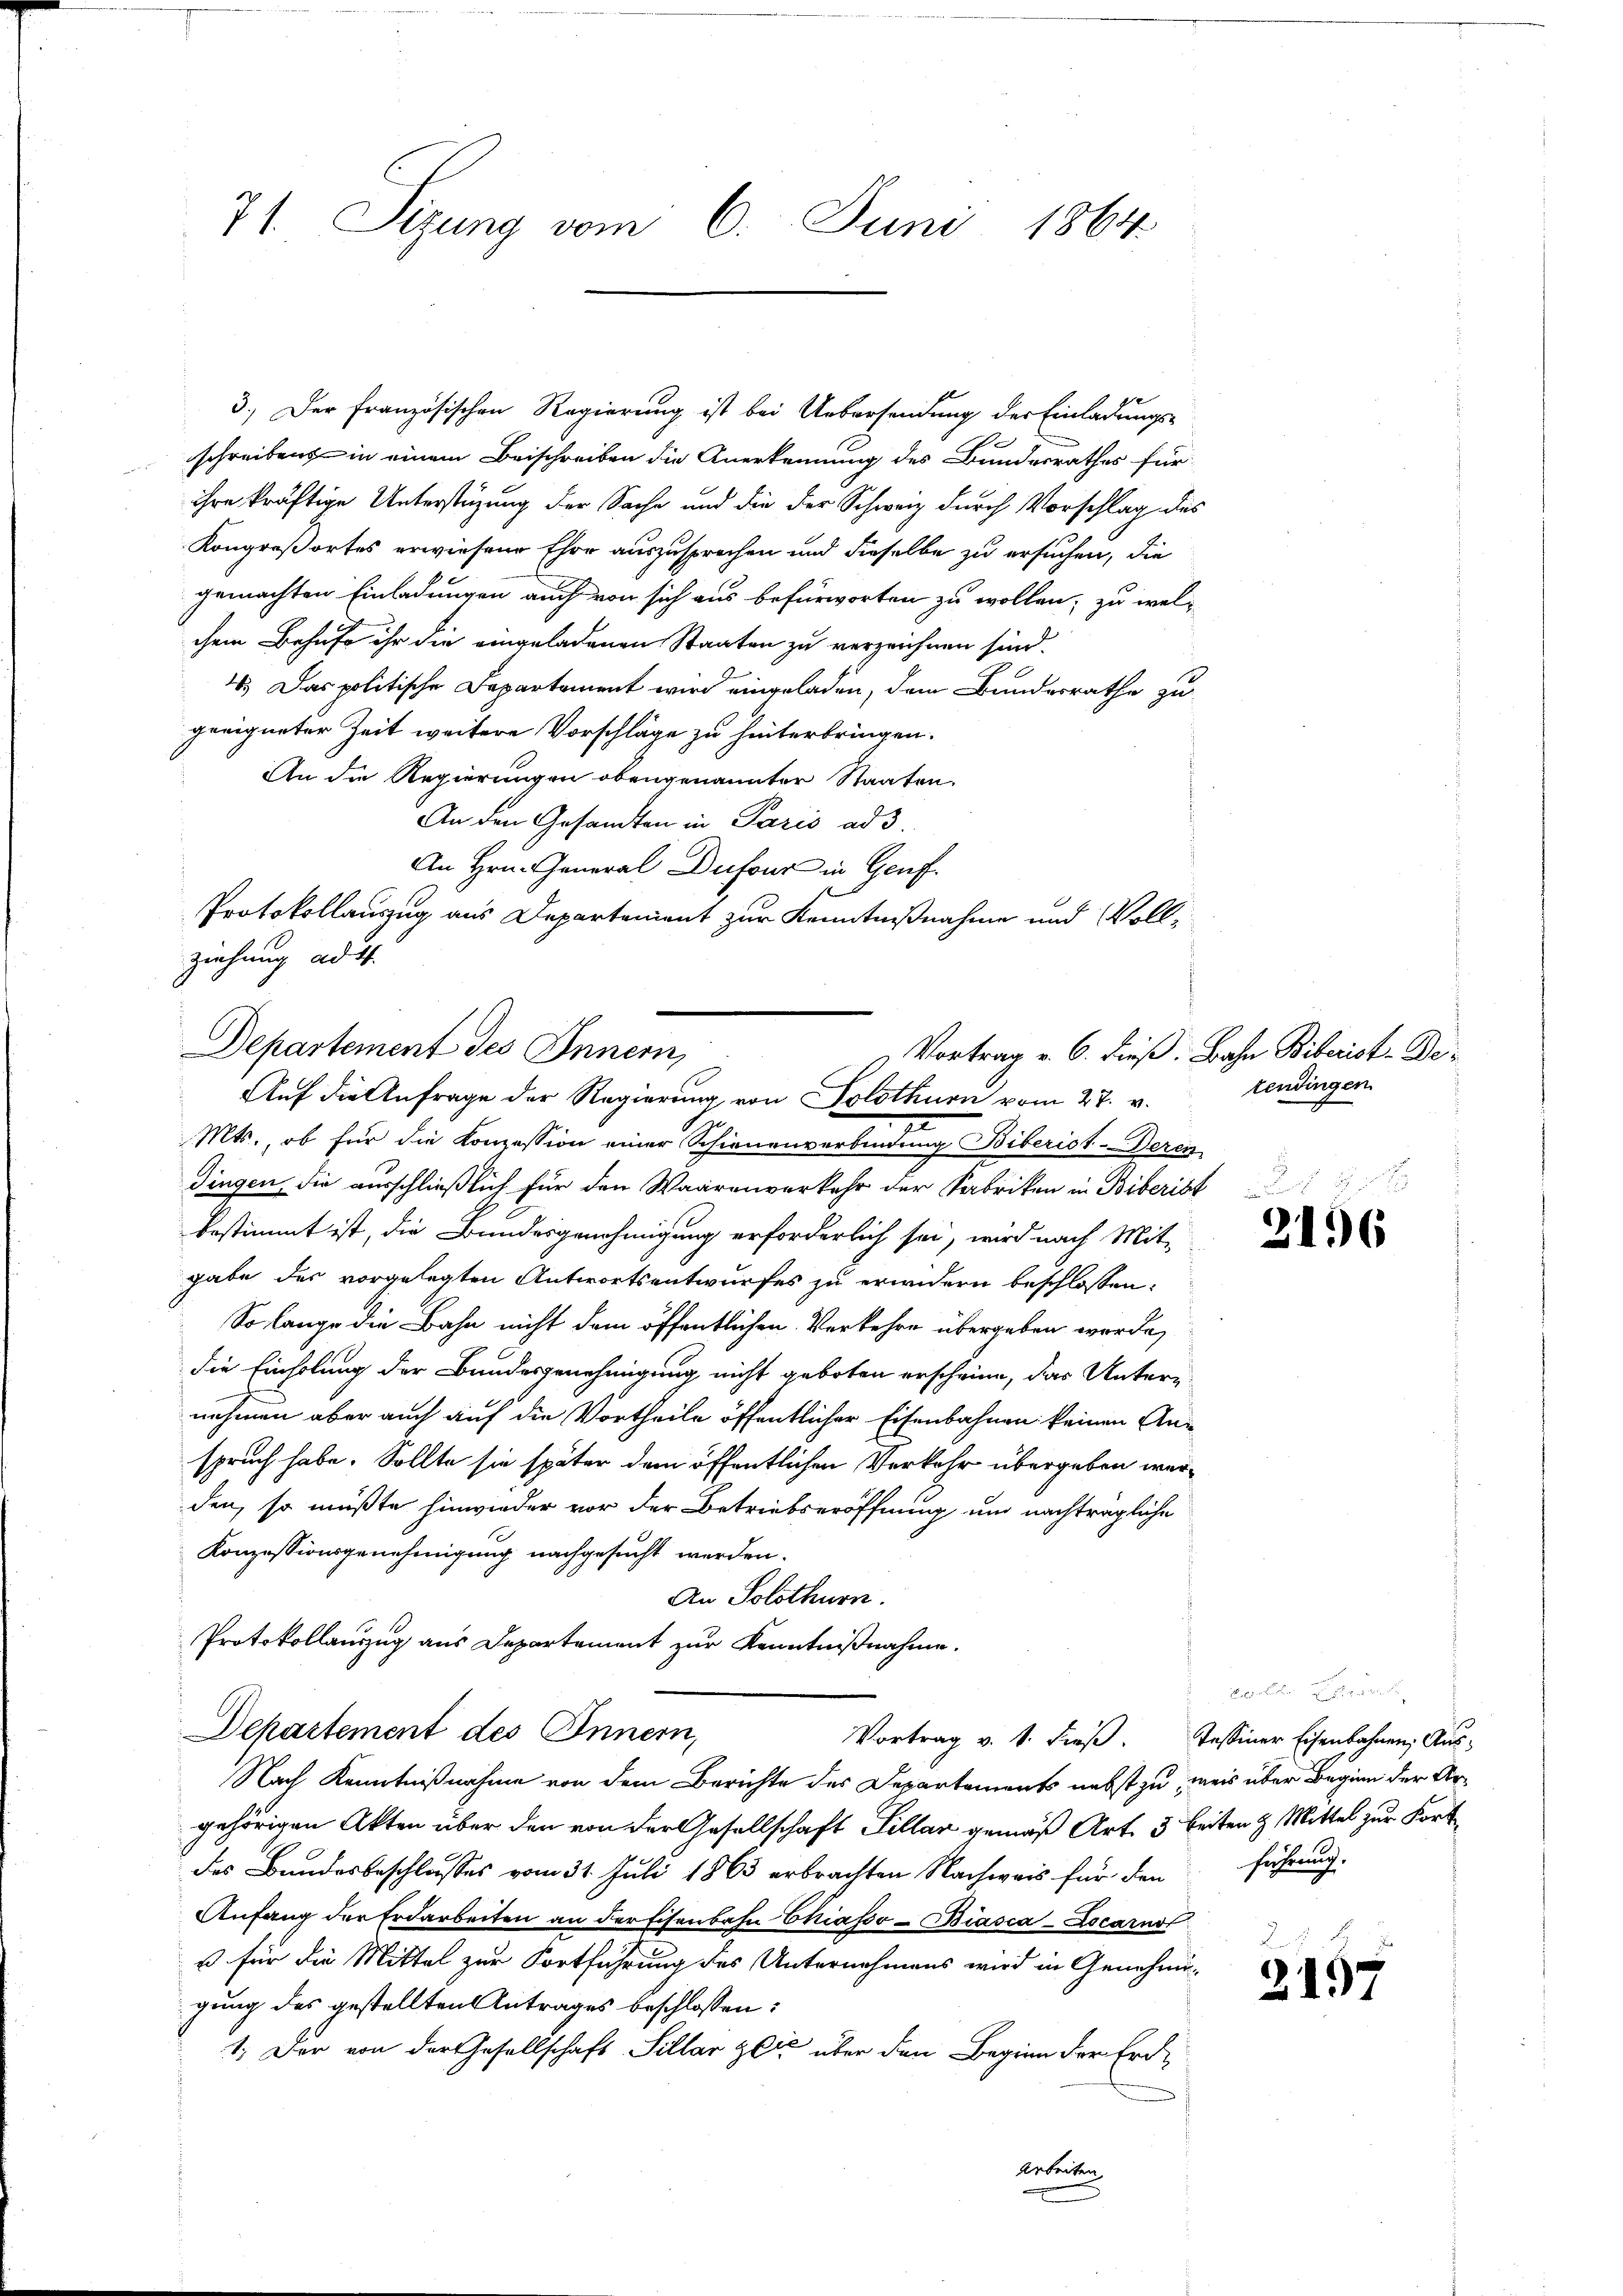
3.) Der Französischen Regierung ist bei Uebersendung der Einladungsschreibens in einem Beischreiben die Anerkennung des Bundesrathes für
ihre kräftige Unterstüzung der Sache und die der Schweiz durch Vorschlag des
Kongreßortes erwiesene Eher auszusprechen und dieselbe zu ersuchen, die
gemachten Einladungen auch von sich aus befürworten zu wollen, zu welchem Behufe ihr die eingeladenen Staaten zu verzeichnen sind.
4.) Das politische Departement wird eingeladen, dem Bundesrathe zu
geeigneter Zeit weitere Vorschläge zu hinterbringen.
An die Regierungen obengenannter Staaten.
An den Gesandten in Paris ad 3.
An Hrn. General Dufour in Genf.
Protokollauszug aus Departement zur Kenntnißnahme und Vollziehung ad 4.
Mts., ob für die Konzession einer Schienenverbindung Biberist-Deren
Dingen, die ausschließlich für den Waarenverkehr der Fabriken in Biberist
bestimmt ist, die Bundesgenehmigung erforderlich sei, wird nach Mit-
gabe des vorgelegten Antwortsentwurfes zu erindern beschlossen:
So lange die Bahn nicht dem öffentlichen Verkehre übergeben werde,
die Einholung der Bundesgenehmigung nicht geboten erscheine, das Unternehmen aber auch auf die Vortheile öffentlicher Eisenbahnen keinen An-
spruch habe. Sollte sie später dem öffentlichen Verkehr übergeben werden, so müßte hinwieder vor der Betriebseröffnung und nachträgliche
Konzessionsgenehmigung nachgesucht werden.
An Solothurn.
Protokollauszug aus Departement zur Kenntnißnahme.
Departement des Innern,
Vortrag v. 1. dieβ. Tessiner Eisenbahnen Aŭs-
Nach Kenntnißnahme von dem Berichte des Departements nebst zu weis über Beginn der Argehörigen Akten über den von der Gesellschaft Fillar gemäß Art. 3 beiten & Mittel zur Fort
des Bundesbeschlusses vom 31. Juli 1863 erbrachten Nachweis für den führung
Anfang der Erdarbeiten an der Eisenbahn Chiasso- Biasca-Locarnst
u für die Mittel zur Fortführung des Unternehmens wird in Genehmi-
gung des gestellten Antrages beschlossen:
1. Der von der Gesellschaft Sillar zeit über den Beginn der Erd¬

71. Sizung vom 6. Juni 1864

Departement des Innern,
Vortrag v. 6. dieß. Bahn Biberist-De¬
Auf die Anfrage der Regierung von Solothurn vom 27. v.

tendingen.
.

2196

a

Der Be
2197